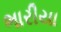
ભારીયા